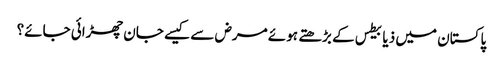
﻿ پاکستان میں ذیابیطس کے بڑھتے ہوئے مرض سے کیسے جان چھڑائی جائے؟